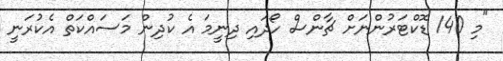
"މި 140 ޑޮކްޓަރުންނަށް ޗާންސް ހޯދައި ދިނީމަ އެ ކުދިން މަސައްކަތް އެކުރަނީ